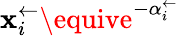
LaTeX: \mathbf{x}_{i}^{\leftarrow}\equive^{-\alpha_{i}^{\leftarrow}}